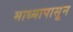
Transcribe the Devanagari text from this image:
माध्यापासून